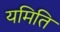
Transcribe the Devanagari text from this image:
यमिति